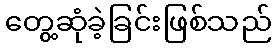
တွေ့ဆုံခဲ့ခြင်းဖြစ်သည်